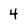
Character: 4